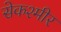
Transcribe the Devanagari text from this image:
सेकश्मीर